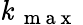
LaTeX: \mathit{k}_{\mathrm{{~\mathrm{{~m~a~x~}}~}}}